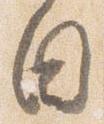
目